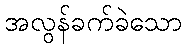
အလွန်ခက်ခဲသော